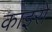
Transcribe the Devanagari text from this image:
काइरो